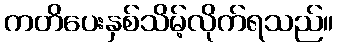
ကတိပေးနှစ်သိမ့်လိုက်ရသည်။